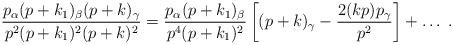
LaTeX: \begin{align*}\frac{p_{\alpha} ( p + k_1 )_{\beta} ( p+ k )_{\gamma}}{p^2 ( p + k_1 )^2 ( p + k )^2} = \frac{p_{\alpha} ( p + k_1 )_{\beta}}{p^4 ( p + k_1 )^2} \left[ ( p + k )_{\gamma} - \frac{2 ( k p ) p_{\gamma}}{p^2} \right] + \ldots \; .\end{align*}